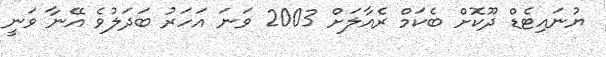
ޔުނައިޓެޑް ދޫކޮށް ބެކަމް ރެއާލަށް 2003 ވަނަ އަހަރު ބަދަލުވެ އޭނާ ވަނީ